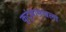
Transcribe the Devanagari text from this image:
कुटुंबामधला